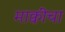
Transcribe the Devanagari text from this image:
माक्वींचा